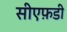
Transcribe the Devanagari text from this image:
सीएफ़डी